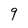
Character: 9